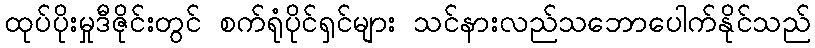
ထုပ်ပိုးမှုဒီဇိုင်းတွင် စက်ရုံပိုင်ရှင်များ သင်နားလည်သဘောပေါက်နိုင်သည်